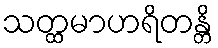
သတ္ထမာဟရိတန္တိ